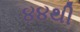
૪૪થી